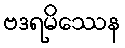
ဗဒရမိဿေန